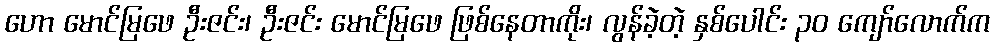
ဟော မောင်မြဖေ ဦးဇင်း၊ ဦးဇင်း မောင်မြဖေ ဖြစ်နေတာကိုး၊ လွန်ခဲ့တဲ့ နှစ်ပေါင်း ၃၀ ကျော်လောက်က